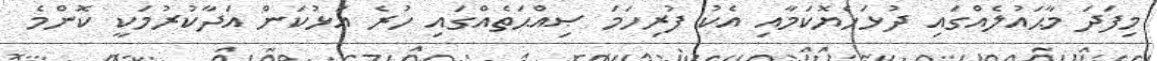
މިފަދަ މާޙައުލެއްގައި ދުޅަހެޔޮކަމާއި އެކު ފުރިހަމަ ޞިއްޙަތެއްގައި ހުރެ އަޅުކަން އަދާކުރުމަކީ ކޮންމެ